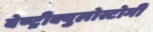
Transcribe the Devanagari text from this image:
वेण्ट्रीक्युलोस्टोमी